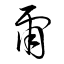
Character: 爾